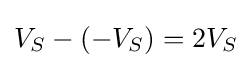
V_{S}-(-V_{S})=2V_{S}